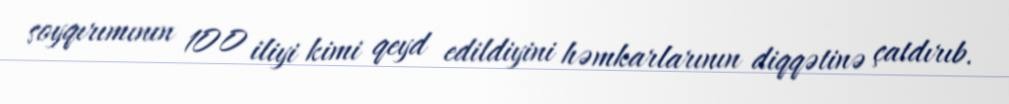
soyqırımının 100 iliyi kimi qeyd edildiyini həmkarlarının diqqətinə çatdırıb.